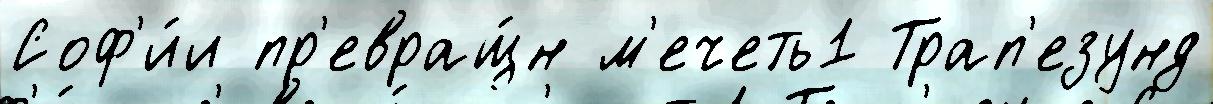
Соф'и́и пр'евращ́н м'ечеть1 Трап'езунд